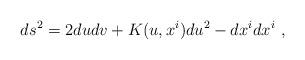
LaTeX: \begin{align*}ds^2 = 2 du dv + K (u, x^i ) du^2 - dx^i d x^i \ ,\end{align*}